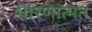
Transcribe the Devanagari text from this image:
धारणात्मत